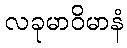
လခုမာဝိမာနံ